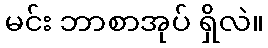
မင်း ဘာစာအုပ် ရှိလဲ။